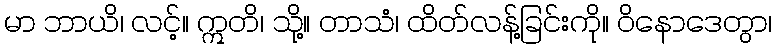
မာ ဘာယိ၊ လင့်။ ဣတိ၊ သို့။ တာသံ၊ ထိတ်လန့်ခြင်းကို။ ဝိနောဒေတွာ၊